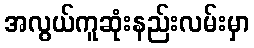
အလွယ်ကူဆုံးနည်းလမ်းမှာ